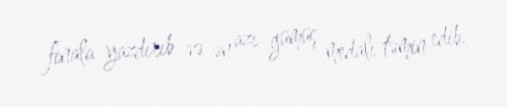
finala yazdırıb və ən azı gümüş medalı təmin edib.